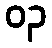
၀၃